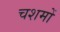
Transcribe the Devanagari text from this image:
चशमों